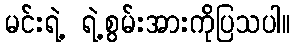
မင်းရဲ့ ရဲ့စွမ်းအားကိုပြသပါ။